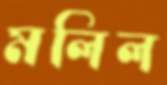
মলিল